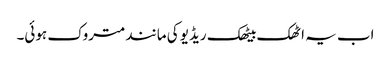
اب یہ اٹھک بیٹھک ریڈیو کی مانند متروک ہوئی۔